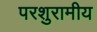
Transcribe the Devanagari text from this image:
परशुरामीय